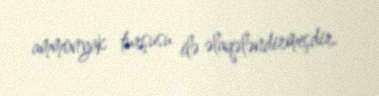
ammonyak turşusu ilə əlaqələndirmişdir.